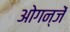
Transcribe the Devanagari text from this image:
ओगन्जें